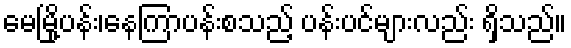
မေမြို့ပန်း၊နေကြာပန်းစသည့် ပန်းပင်များလည်း ရှိသည်။